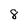
Character: 8